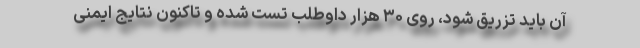
آن باید تزریق شود، روی ۳۰ هزار داوطلب تست شده و تاکنون نتایج ایمنی